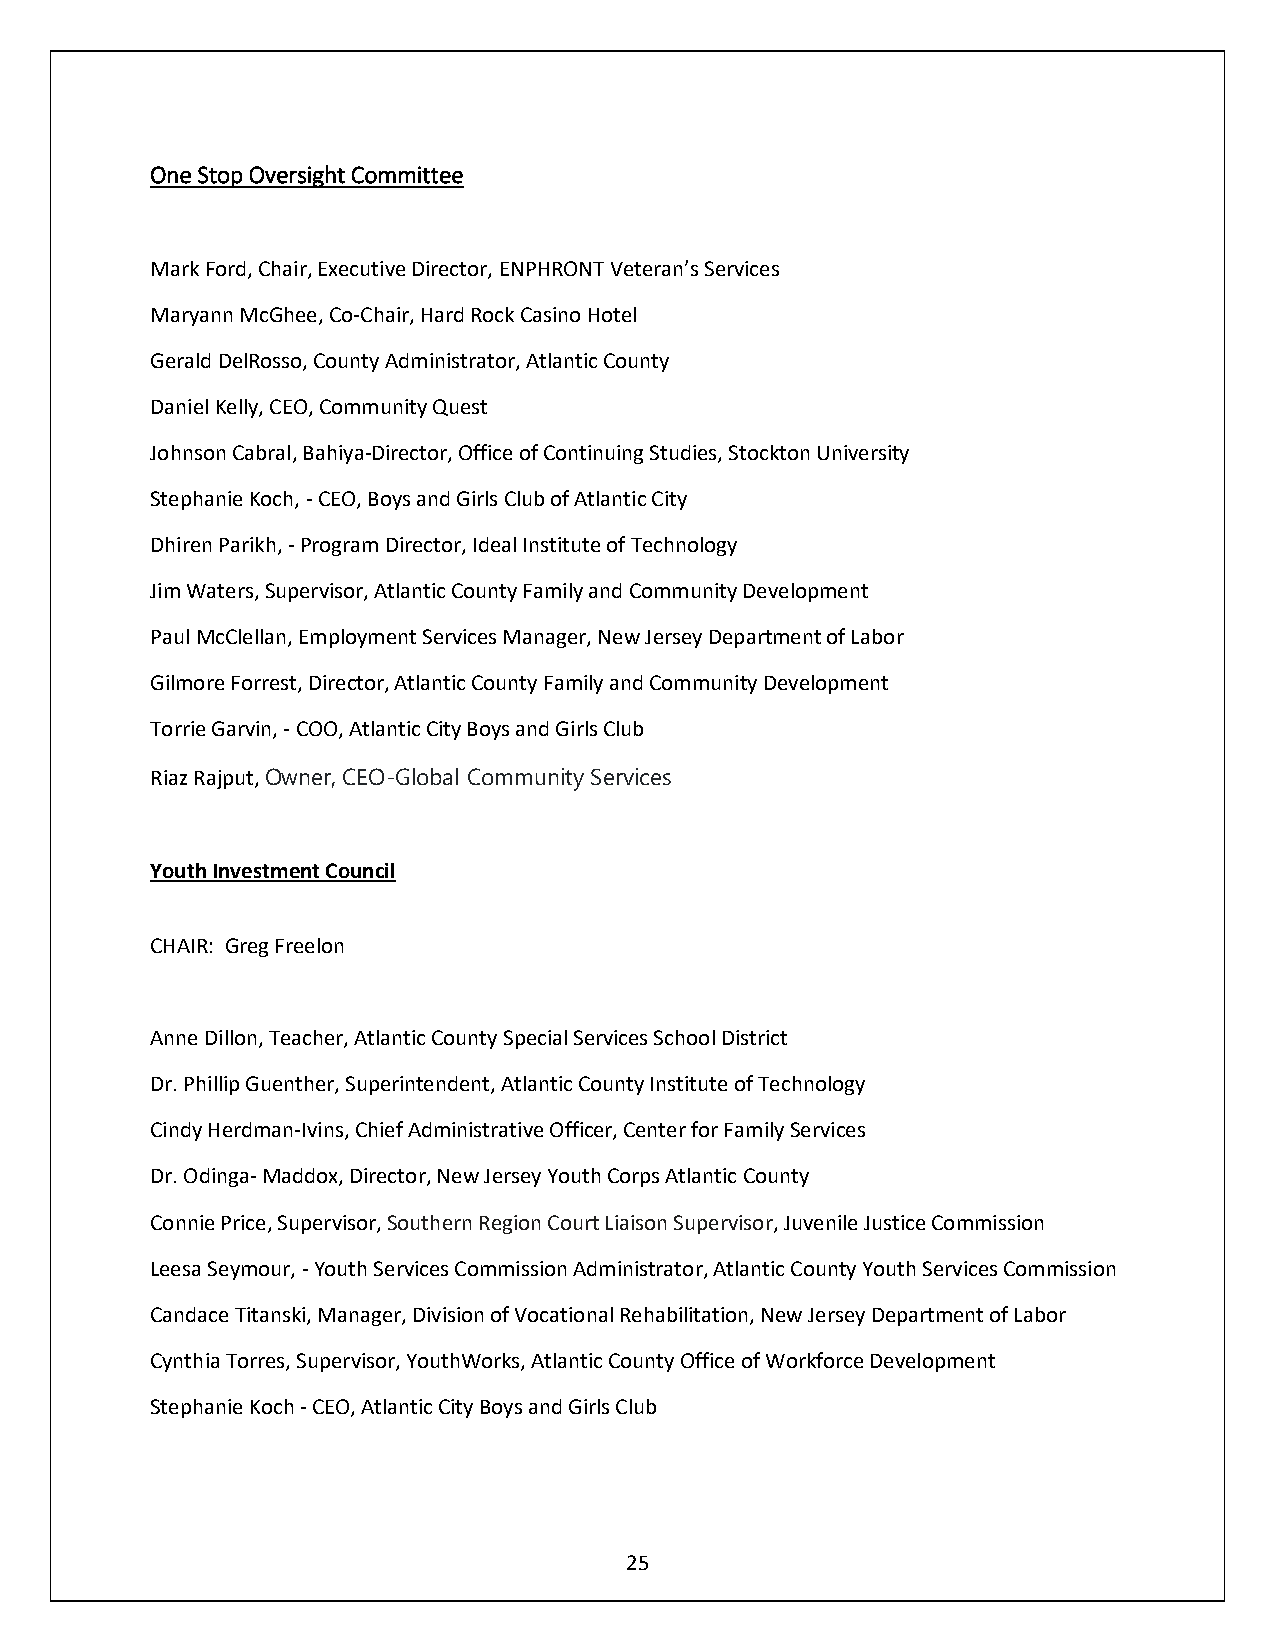
One Stop Oversight Committee
 Mark Ford, Chair, Executive Director, ENPHRONT Veteran’s Services
 Maryann McGhee, Co-Chair, Hard Rock Casino Hotel
 Gerald DelRosso, County Administrator, Atlantic County
 Daniel Kelly, CEO, Community Quest
 Johnson Cabral, Bahiya-Director, Office of Continuing Studies, Stockton University
 Stephanie Koch, - CEO, Boys and Girls Club of Atlantic City
 Dhiren Parikh, - Program Director, Ideal Institute of Technology
 Jim Waters, Supervisor, Atlantic County Family and Community Development
 Paul McClellan, Employment Services Manager, New Jersey Department of Labor
 Gilmore Forrest, Director, Atlantic County Family and Community Development
 Torrie Garvin, - COO, Atlantic City Boys and Girls Club
 Riaz Rajput, Owner, CEO-Global Community Services
 Youth Investment Council
 CHAIR: Greg Freelon
 Anne Dillon, Teacher, Atlantic County Special Services School District
 Dr. Phillip Guenther, Superintendent, Atlantic County Institute of Technology
 Cindy Herdman-Ivins, Chief Administrative Officer, Center for Family Services
 Dr. Odinga- Maddox, Director, New Jersey Youth Corps Atlantic County
 Connie Price, Supervisor, Southern Region Court Liaison Supervisor, Juvenile Justice Commission
 Leesa Seymour, - Youth Services Commission Administrator, Atlantic County Youth Services Commission
 Candace Titanski, Manager, Division of Vocational Rehabilitation, New Jersey Department of Labor
 Cynthia Torres, Supervisor, YouthWorks, Atlantic County Office of Workforce Development
 Stephanie Koch - CEO, Atlantic City Boys and Girls Club
 25